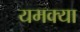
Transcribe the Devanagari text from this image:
यमक्या